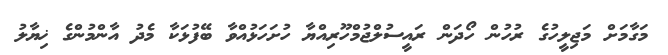
މަގާމަށް މަޖިލީހުގެ ރުހުން ހޯދަން ރައީސުލްޖުމްހޫރިއްޔާ ހުށަހަޅުއްވާ ބޭފުޅަކާ މެދު އާންމުންގެ ޚިޔާލު